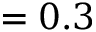
= 0 . 3